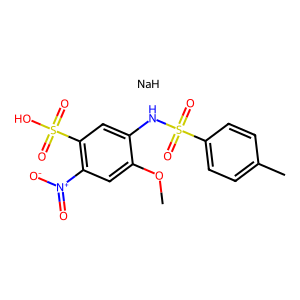
SMILES: COc1cc([N+](=O)[O-])c(S(=O)(=O)O)cc1NS(=O)(=O)c1ccc(C)cc1.[NaH]
Inhibits HIV replication: No